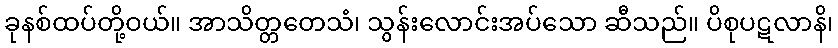
ခုနစ်ထပ်တို့ဝယ်။ အာသိတ္တတေသံ၊ သွန်းလောင်းအပ်သော ဆီသည်။ ပိစုပဋလာနိ၊